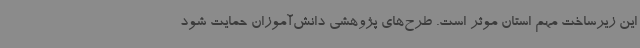
این زیرساخت مهم استان موثر است. طرح‌های پژوهشی دانش‌آموزان حمایت شود